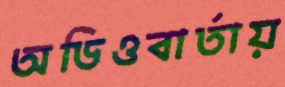
অডিওবার্তায়